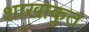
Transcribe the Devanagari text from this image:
शाखाकृत